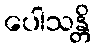
ပေါသန္တိ